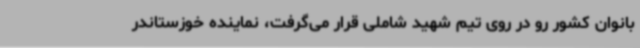
بانوان کشور رو در روی تیم شهید شاملی قرار می‌گرفت، نماینده خوزستاندر